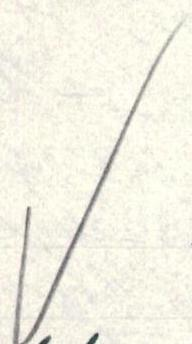
V